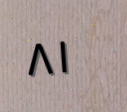
٨١